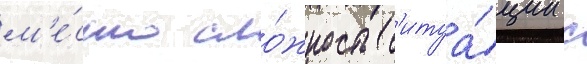
м'е́сто сло́жность с'итуа́ции с